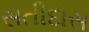
સતીદાસ